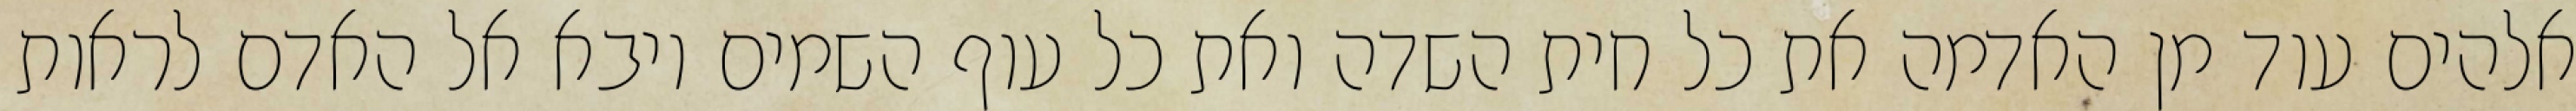
אלהים עוד מן האדמה את כל חית השדה ואת כל עוף השמים ויבא אל האדם לראות